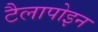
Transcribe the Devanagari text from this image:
टैलापोइन